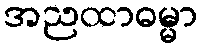
အညထာဓမ္မာ